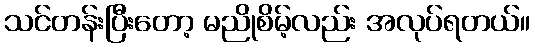
သင်တန်းပြီးတော့ မညိုစိမ့်လည်း အလုပ်ရတယ်။